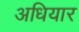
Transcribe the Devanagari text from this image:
अधियार